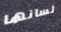
لسانها